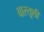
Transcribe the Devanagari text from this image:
वास्तूशी